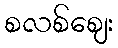
စလစ်ဈေး